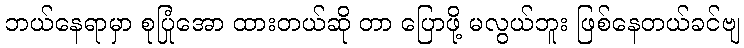
ဘယ်နေရာမှာ စုပြုံအော ထားတယ်ဆို တာ ပြောဖို့ မလွယ်ဘူး ဖြစ်နေတယ်ခင်ဗျ